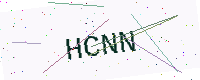
Text: HCNN